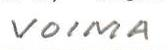
VOIMA